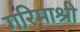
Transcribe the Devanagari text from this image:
गरिमाश्री